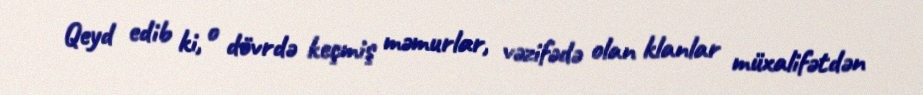
Qeyd edib ki, o dövrdə keçmiş məmurlar, vəzifədə olan klanlar müxalifətdən